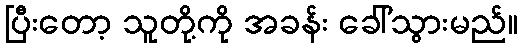
ပြီးတော့ သူတို့ကို အခန်း ခေါ်သွားမည်။